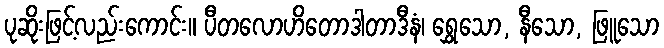
ပုဆိုးဖြင့်လည်းကောင်း။ ပီတလောဟိတောဒါတာဒီနံ၊ ရွှေသော, နီသော, ဖြူသော